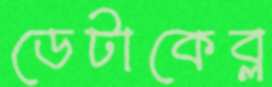
ডেটাকেব্ল